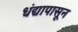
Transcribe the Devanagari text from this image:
धंद्यापासून